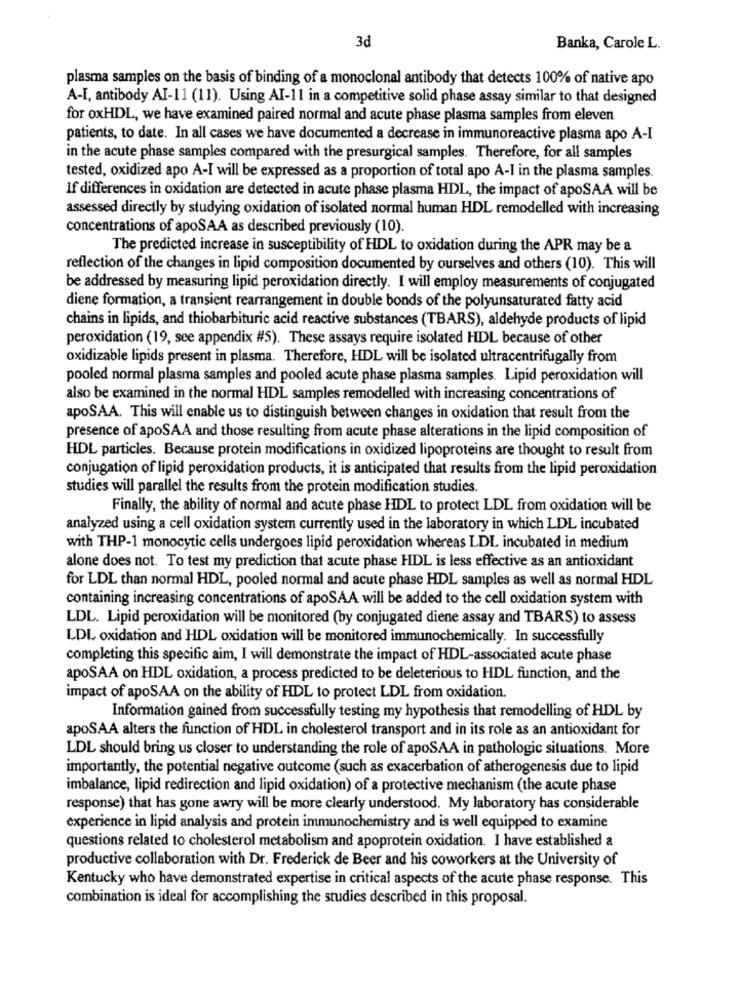
3d
Banka, Carole L.
plasma samples on the basis of binding of a monoclonal antibody that detects 100% of native apo
A-I, antibody AI-11 (11). Using AI-11 in a competitive solid phase assay similar to that designed
for oxHDL, we have examined paired normal and acute phase plasma samples from eleven
patients, to date. In all cases we have documented a decrease in immunoreactive plasma apo A-I
in the acute phase samples compared with the presurgical samples. Therefore, for all samples
tested, oxidized apo A-I will be expressed as a proportion of total apo A-I in the plasma samples.
If differences in oxidation are detected in acute phase plasma HDL, the impact of apoSAA will be
assessed directly by studying oxidation of isolated normal human HDL remodelled with increasing
concentrations of apoSAA as described previously (10).
The predicted increase in susceptibility of HDL to oxidation during the APR may be a
reflection of the changes in lipid composition documented by ourselves and others (10). This will
be addressed by measuring lipid peroxidation directly. I will employ measurements of conjugated
diene formation, a transient rearrangement in double bonds of the polyunsaturated fatty acid
chains in lipids, and thiobarbituric acid reactive substances (TBARS), aldehyde products of lipid
peroxidation (19, see appendix #5). These assays require isolated HDL because of other
oxidizable lipids present in plasma. Therefore, HDL will be isolated ultracentrifugally from
pooled normal plasma samples and pooled acute phase plasma samples. Lipid peroxidation will
also be examined in the normal HDL samples remodelled with increasing concentrations of
apoSAA. This will enable us to distinguish between changes in oxidation that result from the
presence of apoSAA and those resulting from acute phase alterations in the lipid composition of
HDL particles. Because protein modifications in oxidized lipoproteins are thought to result from
conjugation of lipid peroxidation products, it is anticipated that results from the lipid peroxidation
studies will parallel the results from the protein modification studies.
Finally, the ability of normal and acute phase HDL to protect LDL from oxidation will be
analyzed using a cell oxidation system currently used in the laboratory in which LDL incubated
with THP-1 monocytic cells undergoes lipid peroxidation whereas LDL incubated in medium
alone does not. To test my prediction that acute phase HDL is less effective as an antioxidant
for LDL than normal HDL, pooled normal and acute phase HDL samples as well as normal HDL
containing increasing concentrations of apoSAA will be added to the cell oxidation system with
LDL. Lipid peroxidation will be monitored (by conjugated diene assay and TBARS) to assess
LDL oxidation and HDL oxidation will be monitored immunochemically. In successfully
completing this specific aim, I will demonstrate the impact of HDL-associated acute phase
apoSAA on HDL oxidation, a process predicted to be deleterious to HDL function, and the
impact of apoSAA on the ability of HDL to protect LDL from oxidation.
Information gained from successfully testing my hypothesis that remodelling of HDL by
apoSAA alters the function of HDL in cholesterol transport and in its role as an antioxidant for
LDL should bring us closer to understanding the role of apoSAA in pathologic situations. More
importantly, the potential negative outcome (such as exacerbation of atherogenesis due to lipid
imbalance, lipid redirection and lipid oxidation) of a protective mechanism (the acute phase
response) that has gone awry will be more clearly understood. My laboratory has considerable
experience in lipid analysis and protein immunochemistry and is well equipped to examine
questions related to cholesterol metabolism and apoprotein oxidation. I have established a
productive collaboration with Dr. Frederick de Beer and his coworkers at the University of
Kentucky who have demonstrated expertise in critical aspects of the acute phase response. This
combination is ideal for accomplishing the studies described in this proposal.